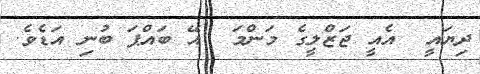
ދިޔައީ  އެއީ ޖަޒްލީގެ މަންމަ  އޭ ބައްޕަ ބުނި އަޑެވެ.